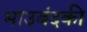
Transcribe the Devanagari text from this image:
भाउबंदकी